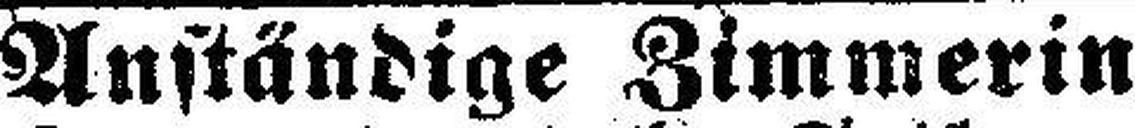
Anständige Zimmerin